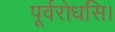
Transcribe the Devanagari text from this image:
पूर्वरोधसि।